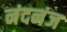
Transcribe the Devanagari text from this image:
नंदनंज